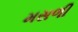
મસળી